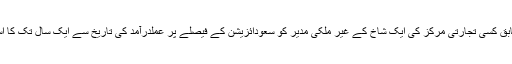
تفصیلات کے مطابق کسی تجارتی مرکز کی ایک شاخ کے غیر ملکی مدیر کو سعودائزیشن کے فیصلے پر عملدرآمد کی تاریخ سے ایک سال تک کا استثنیٰ حاصل ہوگا۔